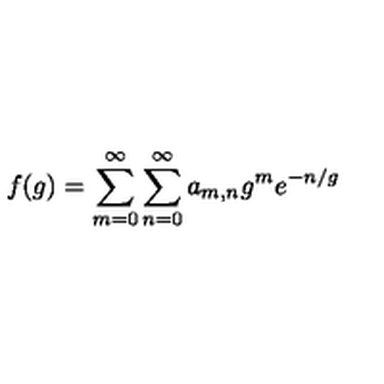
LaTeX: f ( g ) = \sum _ { m = 0 } ^ { \infty } \sum _ { n = 0 } ^ { \infty } a _ { m , n } g ^ { m } e ^ { - n / g }